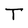
Character: T